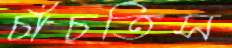
চাঁচতিস